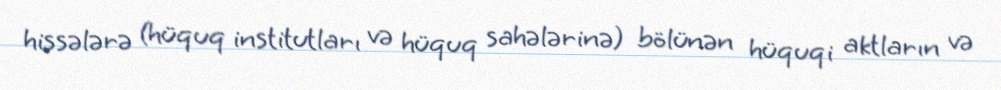
hissələrə (hüquq institutları və hüquq sahələrinə) bölünən hüquqi aktların və